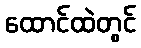
ထောင်ထဲတွင်